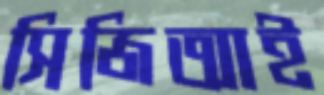
সিজিআই